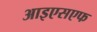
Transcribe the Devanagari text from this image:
आइएसएफ